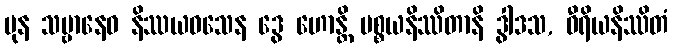
ပုန သဗ္ဗာနေဝ နိဿယဝသေန ဒွေ ဟောန္တိ ပစ္စယနိဿိတာနိ ဒွါဒသ, ဝီရိယနိဿိတံ